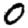
Digit: 0